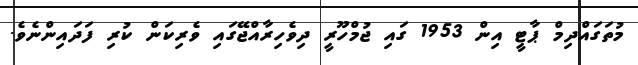
މުތަގައްދިމް ޕާޓީ އިން 1953 ގައި ޖުމްހޫރީ ދިވެހިރާއްޖޭގައި ވެރިކަން ކުރި ފަދައިންނެވެ.